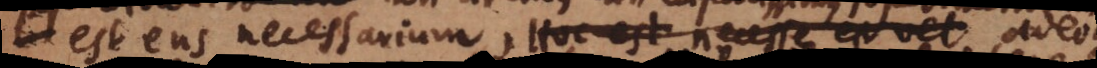
est ens necessarium. Hoc est necesse est vel, adeoque